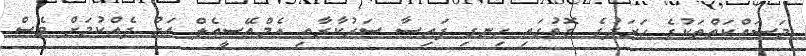
މަސައްކަތްތަކުގެ ހަރަދުގެ ގޮތުގައި ހިނގި ފައިސާ ސަރުކާރާއި އެމްއޭސީއެލް އަށް ދެއްކުމަށް ވެސް